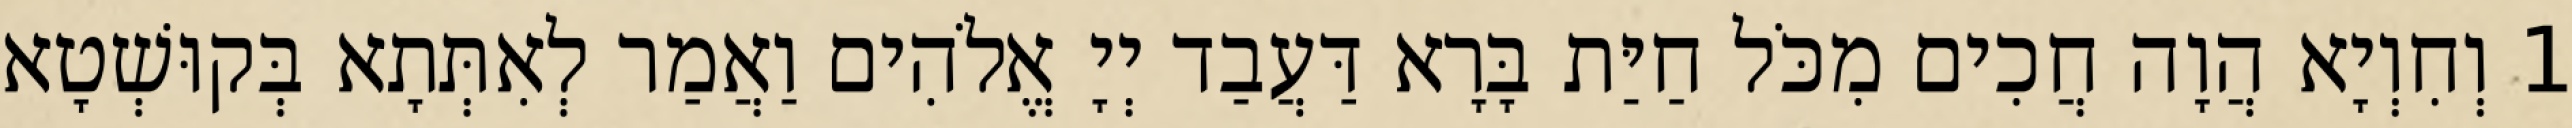
1 וְחִוְיָא הֲוָה חֲכִים מִכֹּל חַיַּת בָּרָא דַּעֲבַד יְיָ אֱלֹהִים וַאֲמַר לְאִתְּתָא בְּקוּשְׁטָא